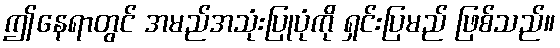
ဤနေရာတွင် အမည်အသုံးပြုပုံကို ရှင်းပြမည် ဖြစ်သည်။